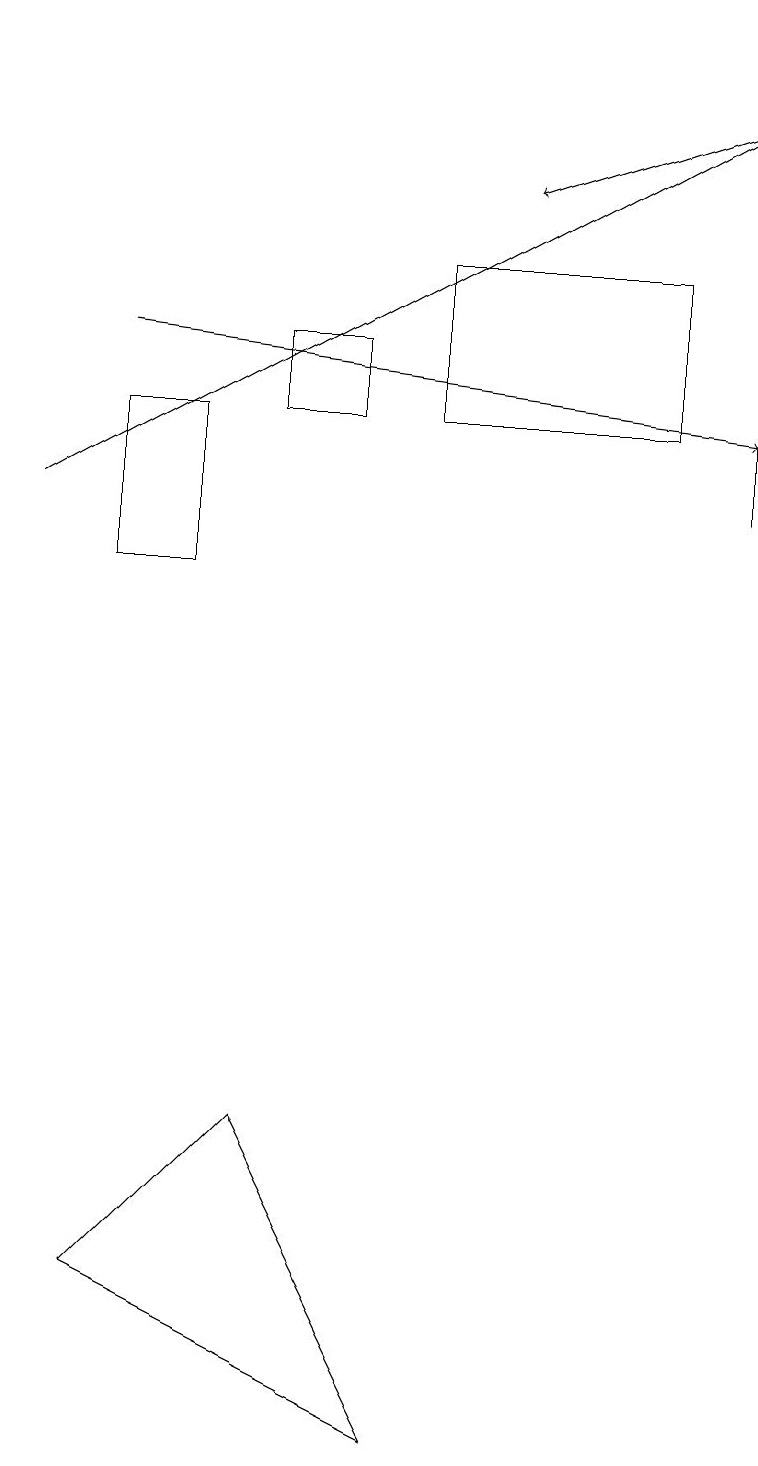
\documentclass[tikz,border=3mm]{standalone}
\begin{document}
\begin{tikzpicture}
\draw[->] (9,18) -- (6,17);
\draw[->] (1,15) -- (9,14);
\draw (9,19) rectangle (9,13);
\draw (5,1) -- (1,3) -- (3,5) -- cycle;
\draw (1,12) rectangle (2,14);
\draw[->] (0,13) -- (9,18);
\draw (8,16) rectangle (5,14);
\draw (4,15) rectangle (3,14);
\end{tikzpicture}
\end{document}